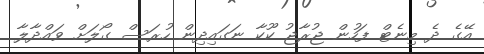
އޭގެ ދެ މިނެޓް ފަހުން ޖުރާޖު ކޫކާ ނަގައިދިން ހުރަސް ގޯލަށް ވައްދާލާ